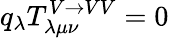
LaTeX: q_{\lambda}T_{\lambda\mu\nu}^{V\rightarrow VV}=0